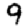
Digit: 9